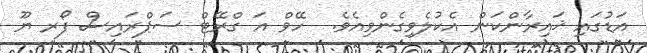
އަޑުގައި ޚައިރާންކަން އެކުލެވިގެންވިއެވެ.  ހޭވް އަ ގްރޭޓް ސަޕްރައިސް ފޯރ ޔޫ